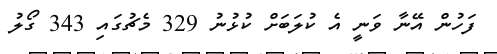
ފަހުން އޭނާ ވަނީ އެ ކުލަބަށް ކުޅުނު 329 މެޗުގައި 343 ގޯލު